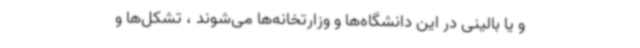
و یا بالینی در این دانشگاه‌ها و وزارتخانه‌ها می‌شوند ، تشکل‌ها و